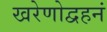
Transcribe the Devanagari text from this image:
खरेणोद्वहनं